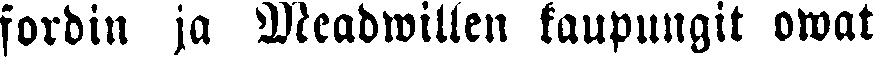
fordin ja Meadwillen kaupungit owat